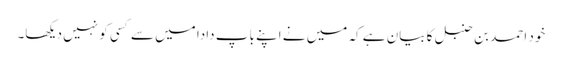
خود احمد بن حنبل کا بیان ہے کہ میں نے اپنے باپ دادا میں سے کسی کو نہیں دیکھا۔